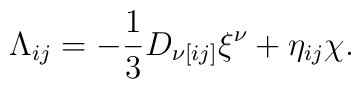
\Lambda_{ij}=-{\frac{1}{3}}D_{\nu[ij]}\xi^{\nu}+\eta_{ij} \chi.